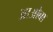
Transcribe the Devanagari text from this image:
आओबा